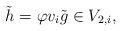
LaTeX: \begin{align*} \tilde{h}=\varphi v_i\tilde{g}\in V_{2,i}, \end{align*}